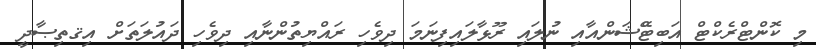
މި ކޮންޓްރެކްޓް އަބިޓްޭޝަންއާއި ނުލައި ރޫޅާލައިފިނަމަ ދިވެހި ރައްޔިތުންނާއި ދިވެހި ދައުލަތަށް އިޤތިޞާދީ